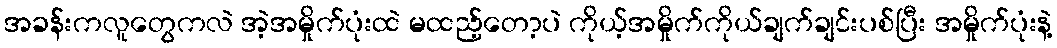
အခန်းကလူတွေကလဲ အဲ့အမှိုက်ပုံးထဲ မထည့်တော့ပဲ ကိုယ့်အမှိုက်ကိုယ်ချက်ချင်းပစ်ပြီး အမှိုက်ပုံးနဲ့